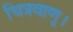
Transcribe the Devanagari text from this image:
चित्रवाणू।